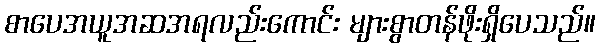
စာပေအယူအဆအရလည်းကောင်း များစွာတန်ဖိုးရှိပေသည်။